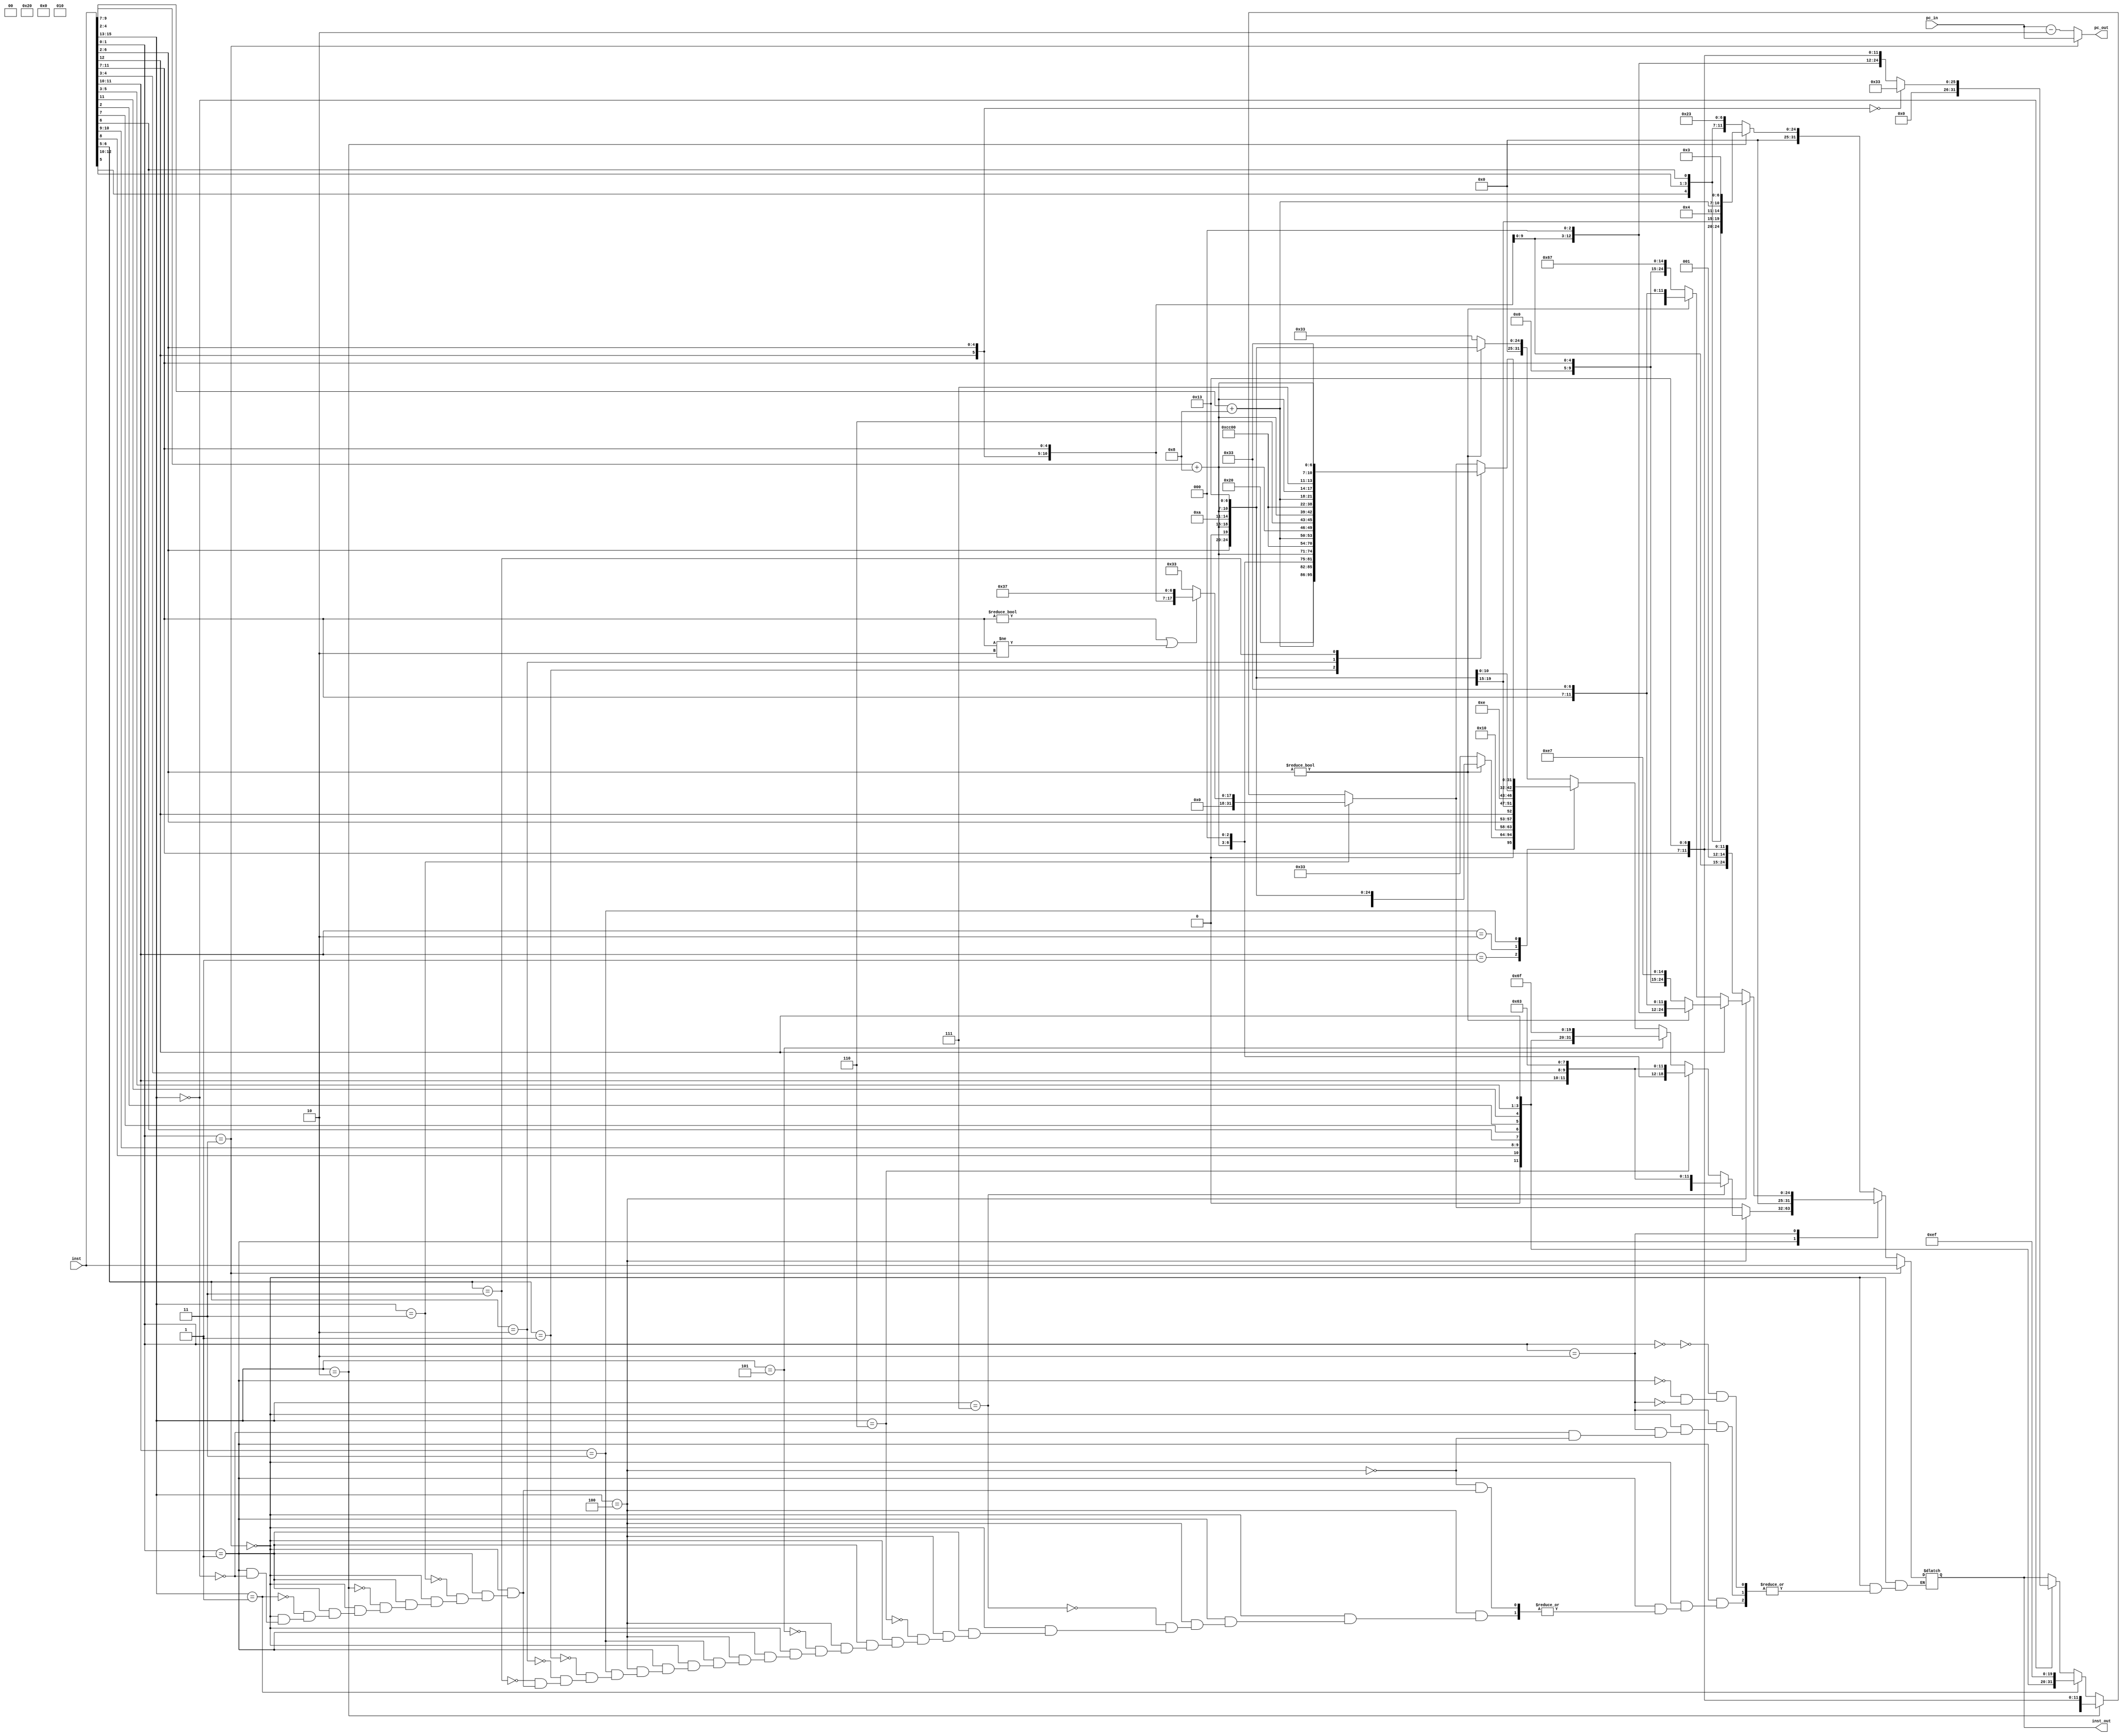
`timescale 1ns / 1ps
//////////////////////////////////////////////////////////////////////////////////
// Company: 
// Engineer: 
// 
// Design Name: 
// Module Name: inst_com
// Project Name: 
// Target Devices: 
// Tool Versions: 
// Description: 
// 
// Dependencies: 
// 
// Revision:
// Revision 0.01 - File Created
// Additional Comments:
// 
//////////////////////////////////////////////////////////////////////////////////


module inst_com(input [31:0] inst,pc_in,output reg [31:0]inst_out,pc_out);
reg [15:0]com_inst;
always @(*)
begin
if (inst[1:0]==2'b11)
    begin
        inst_out=inst;
        pc_out=pc_in;
    end
else 
begin
pc_out=pc_in-2'd2;
com_inst=inst[15:0];
case(inst[1:0])
    2'b00:begin //////c0 >>2 inst.
           if(inst[15:13]==3'b010)
           inst_out={7'd0,com_inst[5],com_inst[12:10],com_inst[6],1'd0,(com_inst[9:7]+4'd8),3'b010,1'd0,(com_inst[4:2]+4'd8),7'b0000011};//lw
           else
           inst_out={7'd0,1'b0,(com_inst[4:2]+4'd8),1'b0,(com_inst[9:7]+4'd8),3'b010,com_inst[5],com_inst[12:10],com_inst[6],7'b0100011};//sw               
          end
          
    2'b01:begin //////c1 >>14 inst.
                     if(inst[15:13]==3'b000)//nop & addi
                     begin
                     if({inst[12],inst[6:2]}==5'd0)
                     inst_out=32'd51; ///nop
                     else
                     inst_out={6'd0,inst[12],inst[6:2],com_inst[11:7],3'b000,com_inst[11:7],7'b0010011};///addi               
                     end

                    
                      if(inst[15:13]==3'b001)//jal
                      inst_out={1'd0,inst[8],inst[10:9],inst[6],inst[7],inst[2],inst[11],com_inst[5:3],inst[12],8'd0,5'b00001,7'b1101111};///jal            

                      if(inst[15:13]==3'b010)//li
                      inst_out={6'd0,inst[12],inst[6:2],5'b00000,3'b000,com_inst[11:7],7'b0010011};///li 
                      
                      if(inst[15:13]==3'b011)//lui 
                      begin
                          if((com_inst[11:7]!=05'd0)||(com_inst[11:7]!=05'd2))                               
                              inst_out={14'd0,inst[12],inst[6:2],com_inst[11:7],7'b0110111};///lui  
                              else 
                              inst_out=32'd51; ///nop
                     end
                     if(inst[15:13]==3'b100)/////////100
                     begin
                     case(inst[11:10])
                    2'b00:
                            begin
                             if(inst[6:2]!=5'd0)
                             inst_out={7'd0,inst[6:2],1'b0,(com_inst[9:7]+4'd8),3'b101,1'd0,(com_inst[9:7]+4'd8),7'b0010011};///SRLI               
                           else 
                              inst_out=32'd51; ///nop
                            end
                      2'b01:
                            begin
                               if(inst[6:2]!=5'd0)
                               inst_out={7'b0100000,inst[6:2],1'b0,(com_inst[9:7]+4'd8),3'b101,1'd0,(com_inst[9:7]+4'd8),7'b0010011};///SRAI               
                             else 
                                inst_out=32'd51; ///nop
                              end  
                      2'b10:
                                inst_out={7'b010000,inst[6:2],inst[12],1'b0,(com_inst[9:7]+4'd8),3'b111,1'd0,(com_inst[9:7]+4'd8),7'b0010011};//ANDI               
                     2'b11:
                     case(inst[6:5])
                                                2'b01:inst_out={7'b0100000, (com_inst[4:2] + 4'd8), (com_inst [9:7]+4'd8 ), 3'b000, (com_inst [9:7]+4'd8), 7'b0110011}; //sub
                                                2'b01:inst_out={7'b0000000, (com_inst[4:2] + 4'd8), (com_inst [9:7]+4'd8 ), 3'b100, (com_inst [9:7]+4'd8), 7'b0110011}; //XOR
                                                2'b10:inst_out={7'b0000000, (com_inst[4:2] + 4'd8), (com_inst [9:7]+4'd8 ), 3'b110, (com_inst [9:7]+4'd8), 7'b0110011}; //OR
                                                2'b11:inst_out={7'b0000000, (com_inst[4:2] + 4'd8), (com_inst [9:7]+4'd8 ), 3'b111, (com_inst [9:7]+4'd8), 7'b0110011}; //AND
                                            
                      endcase
                      endcase
                      if(inst[15:13]==3'b101)//j
                      inst_out={1'd0,inst[8],inst[10:9],inst[6],inst[7],inst[2],inst[11],com_inst[5:3],inst[12],8'd0,5'b00000,7'b1101111};///j            
                      
                      if(inst[15:13]==3'b110)//BEQZ
            inst_out={ 4'd0,com_inst[12],com_inst[6:4],com_inst[2], 5'b0, 1'b0,(com_inst [9:7]+4'd8),3'b000,com_inst[11:10], com_inst[4:3], 1'b0, 7'b1100011};
                      if(inst[15:13]==3'b111)//BNQZ
            inst_out={ 4'd0,com_inst[12],com_inst[6:4],com_inst[2], 5'b0, 1'b0,(com_inst [9:7]+4'd8),3'b001,com_inst[11:10], com_inst[4:3], 1'b0, 7'b1100011};

                     end
                     end
                     
       2'b10:begin //////c2 >>6 inst.
              case(inst[15:13])
                    3'd0:inst_out={7'b0000000, com_inst [6:2], com_inst [11:7], 3'b001, com_inst [11:7], 7'b0010011}; //SLLI

                   3'b100:begin
                   if(inst[12]!=0)begin
                      if(inst[6:2]!=5'd0)
                      inst_out={7'd0,inst[6:2],com_inst[11:7],3'b000,com_inst[11:7],7'b0110011};///add
                      else
                      inst_out={12'd0,com_inst[11:7],3'b000,5'd1,7'b1100111};///JALR                    
                      end
                      else
                      begin
                                         if(inst[6:2]!=5'd0)
                         inst_out={7'd0,inst[6:2],5'd0,3'b000,com_inst[11:7],7'b0110011};///mv
                                            else
                                            inst_out={12'd0,com_inst[11:7],3'b000,5'd0,7'b1100111};///JR  
                      end
                          

                       end       
             
              endcase
             end
           
          
endcase
end 
end

endmodule